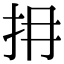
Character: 𢪈